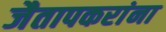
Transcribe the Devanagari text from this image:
जैतापकरांना